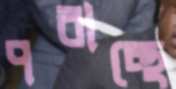
পরাচ্ছে